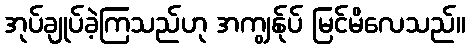
အုပ်ချုပ်ခဲ့ကြသည်ဟု အကျွန်ုပ် မြင်မိလေသည်။